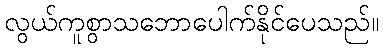
လွယ်ကူစွာသဘောပေါက်နိုင်ပေသည်။